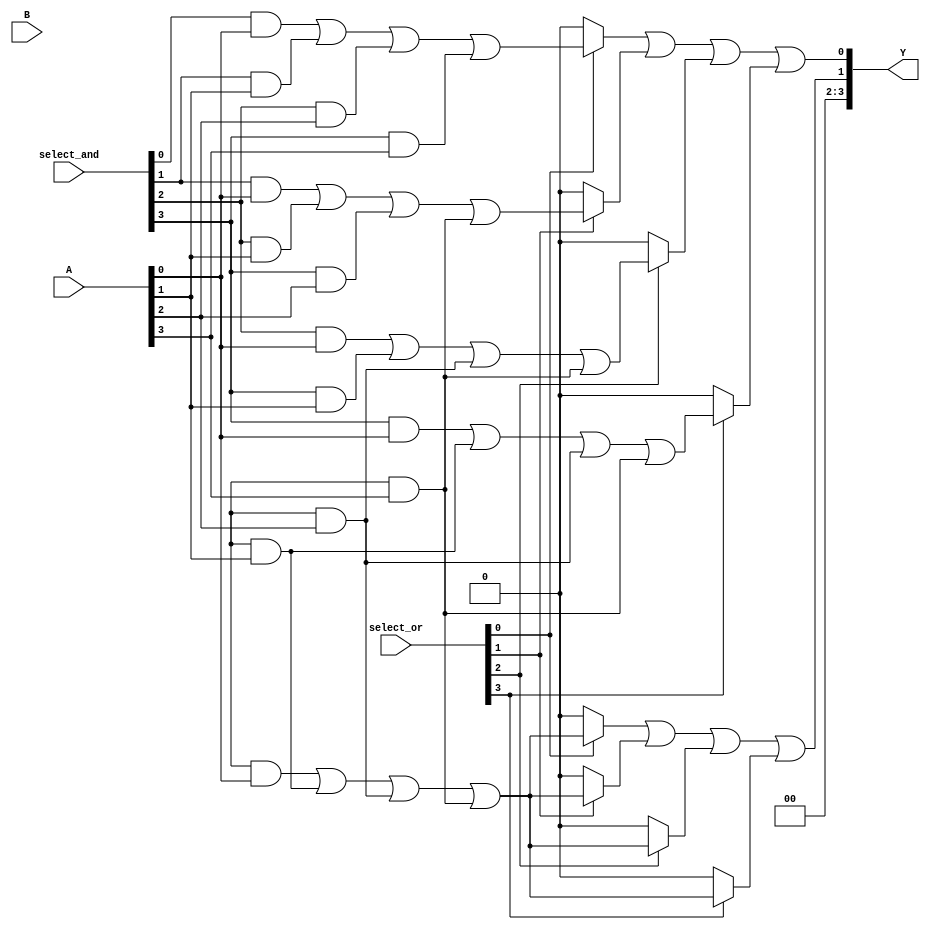
module PLA (
    input wire [3:0] A,          // 4 input lines
    input wire [3:0] B,          // 4 input lines (can be used for complements)
    input wire [3:0] select_and,  // Select lines for AND array
    input wire [3:0] select_or,   // Select lines for OR array
    output wire [3:0] Y           // 4 output lines
);

// Programmable AND array
wire [7:0] and_out; // 8 product terms (AND outputs)

// Generate product terms based on select_and
generate
    genvar i, j;
    for (i = 0; i < 8; i = i + 1) begin : and_array
        assign and_out[i] = (select_and[i] & A[0]) | 
                            (select_and[i + 1] & A[1]) | 
                            (select_and[i + 2] & A[2]) | 
                            (select_and[i + 3] & A[3]);
    end
endgenerate

// Programmable OR array
assign Y[0] = (select_or[0] ? and_out[0] : 1'b0) |
              (select_or[1] ? and_out[1] : 1'b0) |
              (select_or[2] ? and_out[2] : 1'b0) |
              (select_or[3] ? and_out[3] : 1'b0);

assign Y[1] = (select_or[0] ? and_out[4] : 1'b0) |
              (select_or[1] ? and_out[5] : 1'b0) |
              (select_or[2] ? and_out[6] : 1'b0) |
              (select_or[3] ? and_out[7] : 1'b0);

// Additional outputs can be defined similarly
assign Y[2] = 1'b0; // Placeholder for additional logic
assign Y[3] = 1'b0; // Placeholder for additional logic

endmodule